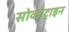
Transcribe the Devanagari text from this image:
सोकोट्राइन